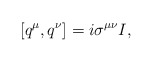
\begin{align*}[q^\mu,q^\nu]=i\sigma^{\mu\nu}I,\end{align*}